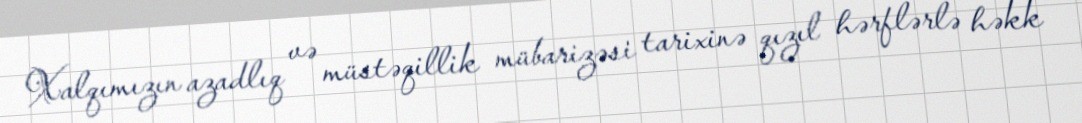
Xalqımızın azadlıq və müstəqillik mübarizəsi tarixinə qızıl hərflərlə həkk